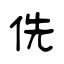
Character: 侁